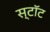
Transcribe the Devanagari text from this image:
स्टॉट